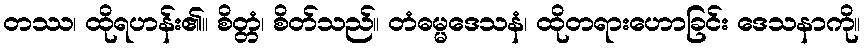
တဿ၊ ထိုရဟန်း၏။ စိတ္တံ၊ စိတ်သည်။ တံဓမ္မဒေသနံ၊ ထိုတရားဟောခြင်း ဒေသနာကို။